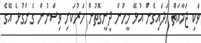
ވަކި ޖަމާއަތް ހަދައިގެން އުޅޭ މީހުން ދީނީގޮތުން ހަރުކަށި ވިސްނުން ގެންގުޅެ އޭގެ